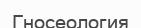
Гносеология